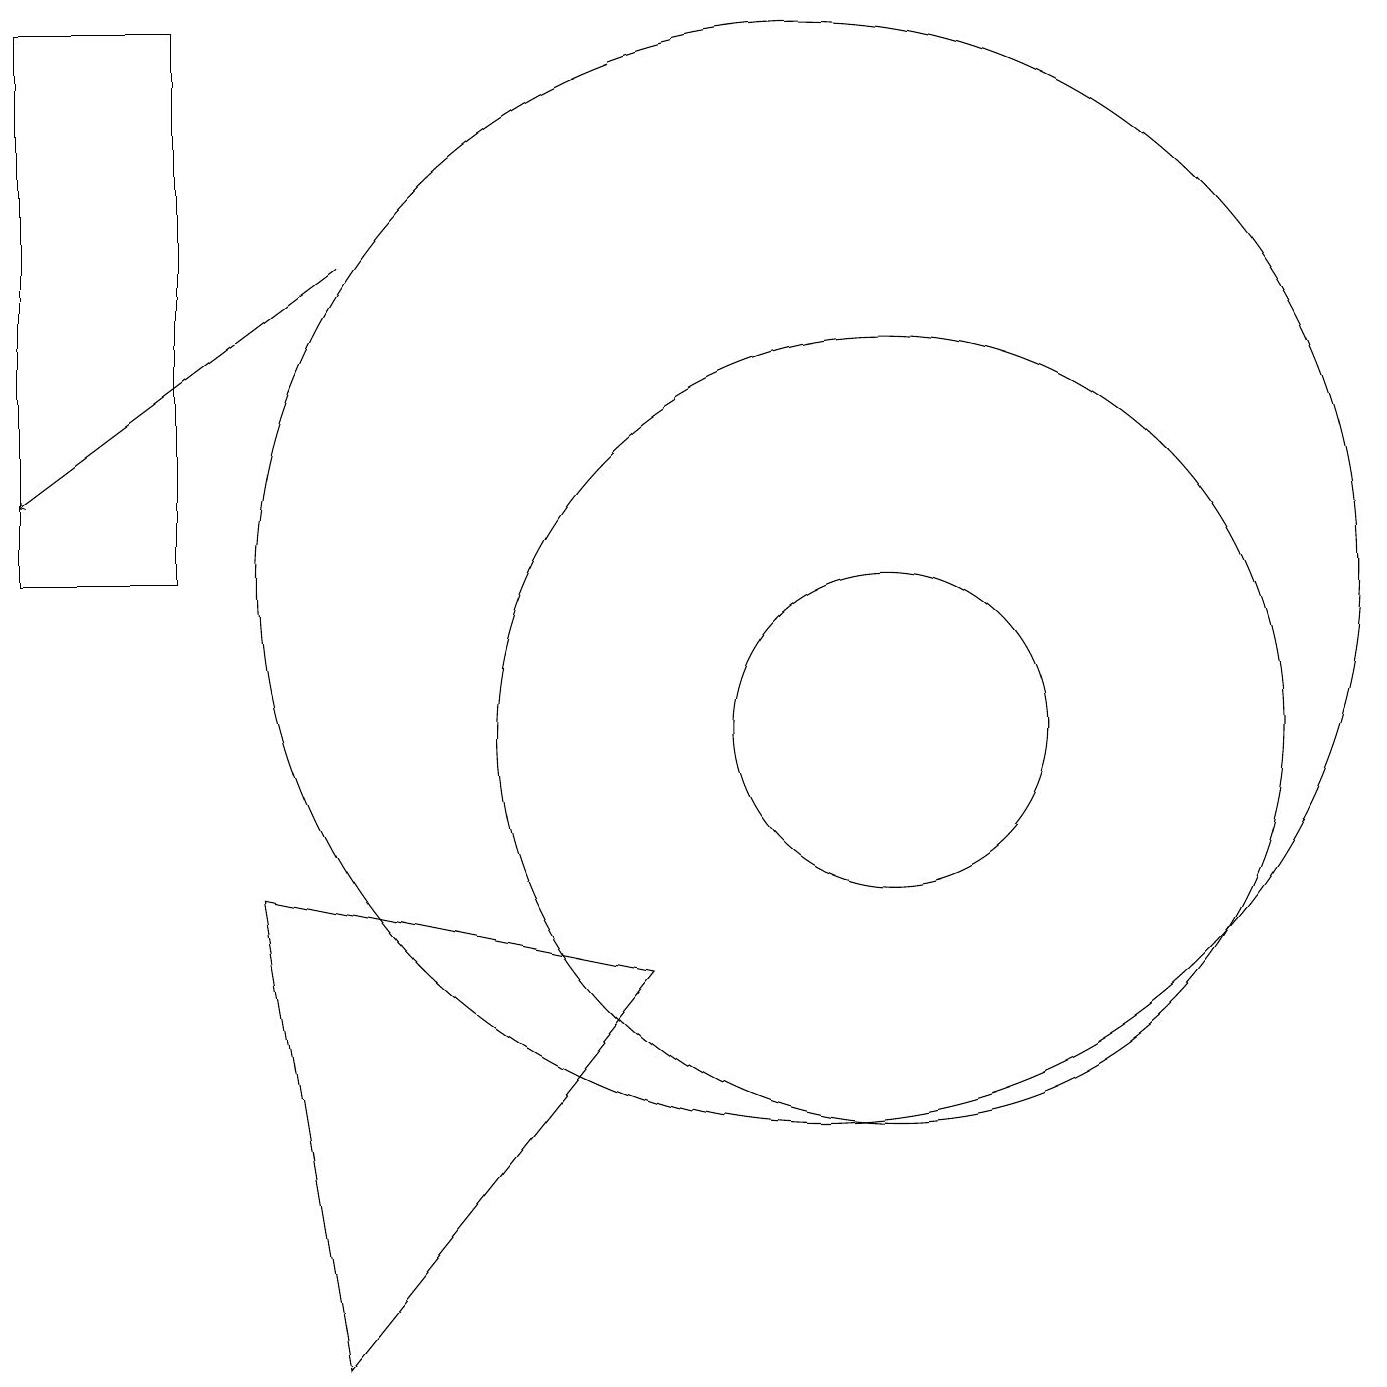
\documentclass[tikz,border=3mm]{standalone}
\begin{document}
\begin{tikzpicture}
\draw (4,2) -- (8,7) -- (3,8) -- cycle;
\draw (10,12) circle (7);
\draw (11,10) circle (2);
\draw[->] (4,16) -- (0,13);
\draw (2,12) rectangle (0,19);
\draw (11,10) circle (5);
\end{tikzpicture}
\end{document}